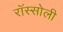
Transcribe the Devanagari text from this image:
रॉस्सोली